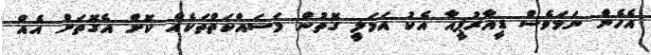
އެހެން ނަމަވެސް ޑީއާރުޕީއާ އެކު އަމަލީ ގޮތުން މަސައްކަތްތަކެއް ކޮށް އެގޮތަށް އެއް